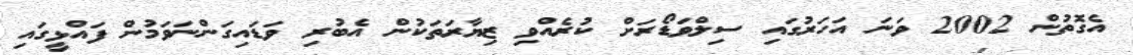
އެގޮތުން 2002 ވަނަ އަހަރުގައި ސިލްވަޑޯރަށް ކުރެއްވި ޒިޔާރަތަކުން އެބުރި ވަޑައިގަންނަވަމުން ފައްޅީގައި